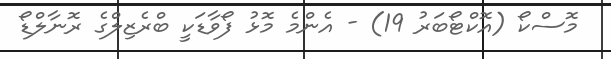
މޮސްކޯ (އޮކްޓޯބަރު 19) - އެންމެ މޮޅު ފޯވާޑަކީ ބްރެޒިލްގެ ރޮނާލްޑޯ